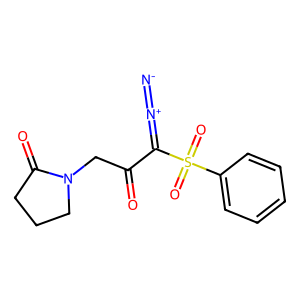
SMILES: [N-]=[N+]=C(C(=O)CN1CCCC1=O)S(=O)(=O)c1ccccc1
Inhibits HIV replication: No